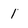
Character: 1